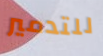
للتدمير